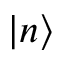
| n \rangle